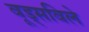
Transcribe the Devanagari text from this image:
वूड्सविले